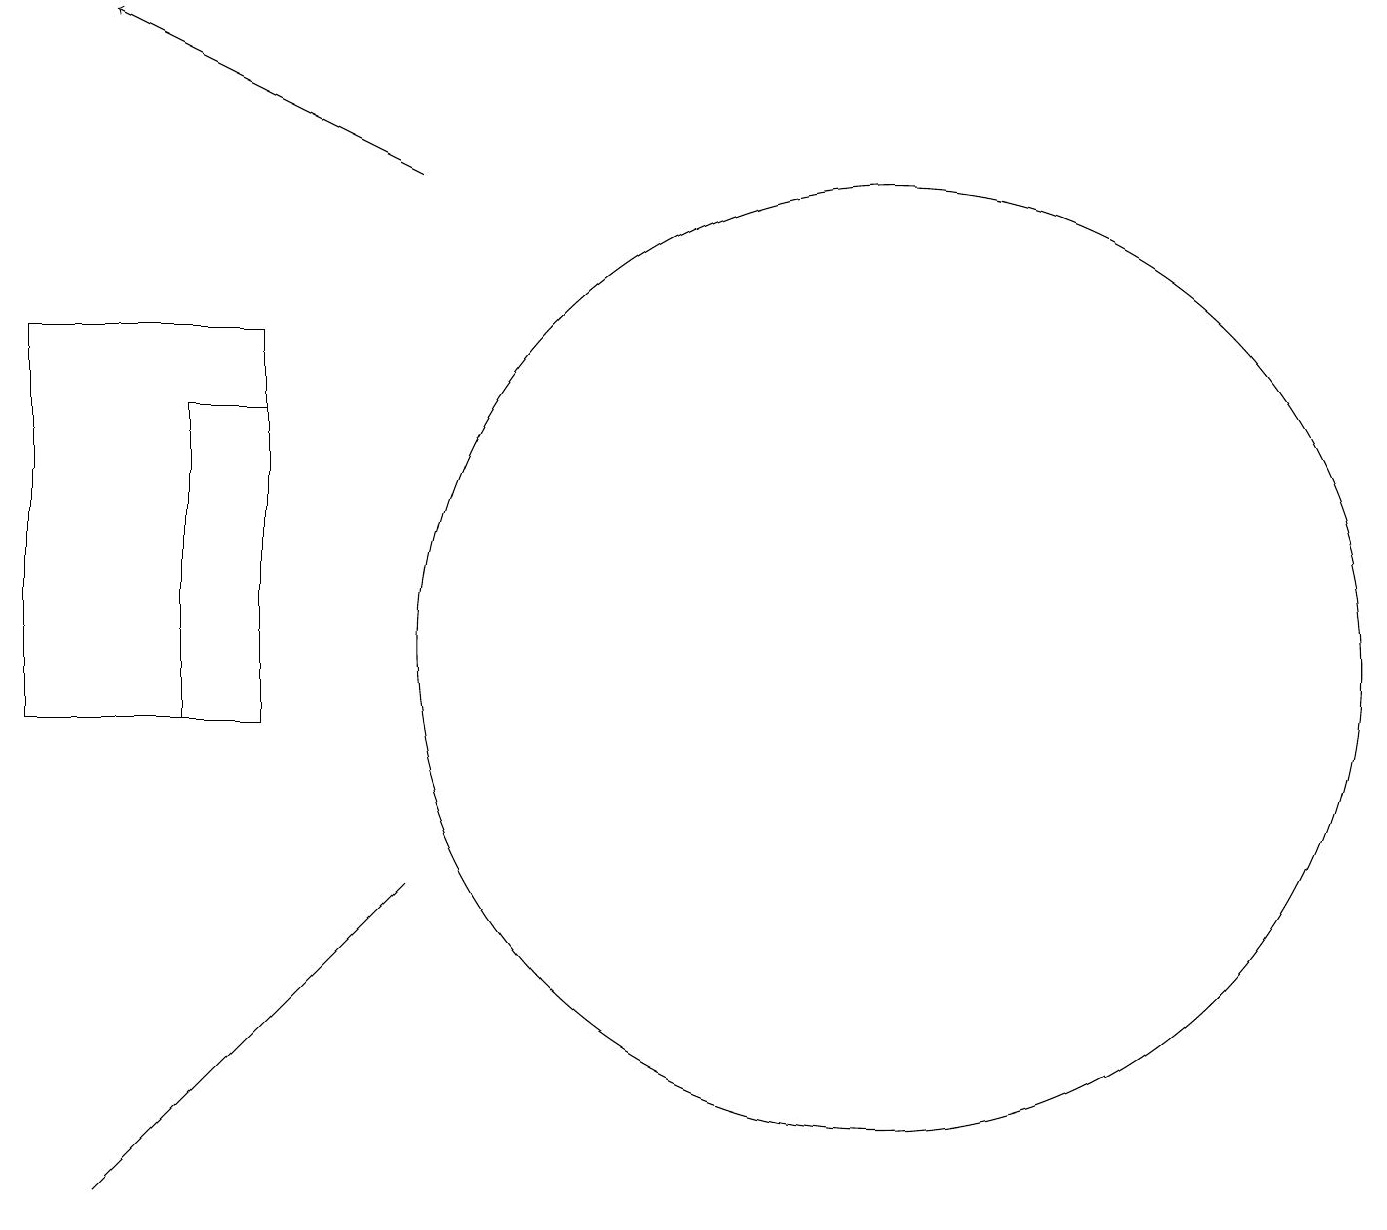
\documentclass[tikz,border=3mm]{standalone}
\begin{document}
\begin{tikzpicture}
\draw (4,14) rectangle (3,10);
\draw[->] (6,17) -- (2,19);
\draw (11,11) circle (0);
\draw (6,8) -- (2,4) -- (6,8) -- cycle;
\draw (1,10) rectangle (4,15);
\draw (12,11) circle (6);
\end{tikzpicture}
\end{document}